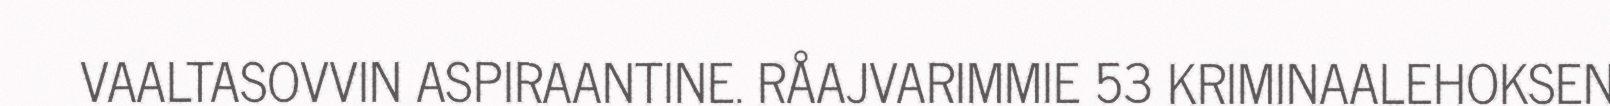
VAALTASOVVIN ASPIRAANTINE. RÅAJVARIMMIE 53 KRIMINAALEHOKSEN